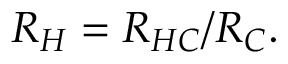
R _ { H } = R _ { H C } / R _ { C } .